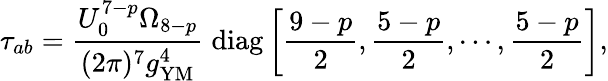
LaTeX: \tau_{ab}=\frac{U_{0}^{7-p}\Omega_{8-p}}{(2\pi)^{7}g_{\mathrm{YM}}^{4}}\; \mathrm{diag}\left[\frac{9-p}{2},\frac{5-p}{2},\cdots,\frac{5-p}{2}\right],